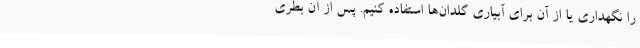
را نگهداری یا از آن برای آبیاری گلدان‌ها استفاده کنیم. پس از آن بطری